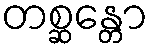
တစ္ဆန္တော